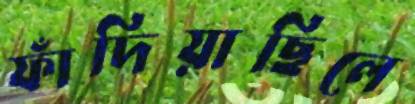
ফাঁদিয়াছিলে